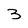
Character: 3